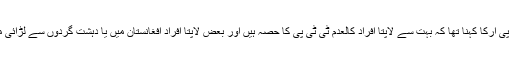
ڈی جی آئی ایس پی آرکا کہنا تھا کہ بہت سے لاپتا افراد کالعدم ٹی ٹی پی کا حصہ ہیں اور بعض لاپتا افراد افغانستان میں یا دہشت گردوں سے لڑائی میں مارے گئے۔